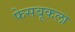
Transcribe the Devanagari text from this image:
फेसबूकला